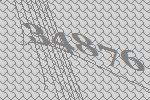
34876